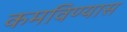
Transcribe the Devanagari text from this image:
कमविण्यास